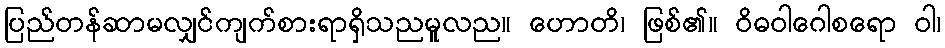
ပြည်တန်ဆာမလျှင်ကျက်စားရာရှိသညမူလည။ ဟောတိ၊ ဖြစ်၏။ ဝိဓဝါဂေါစရော ဝါ၊